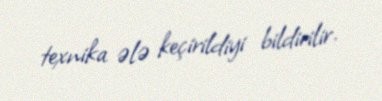
texnika ələ keçirildiyi bildirilir.